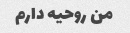
من روحیه دارم